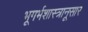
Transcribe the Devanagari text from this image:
भूगर्भशास्त्रानूसार